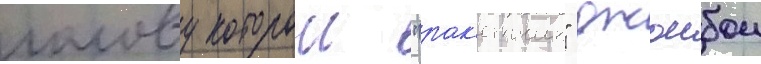
голову которои "рак'етчик" джоибои